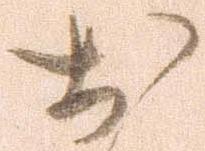
お